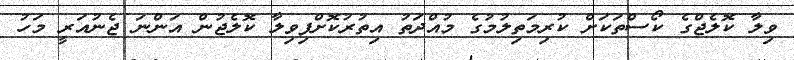
ވިލާ ކޮލެޖްގެ ކޯސްތަަކަށް ކުރިމަތިލުމުގެ މުއްދަތު އިތުރުކޮށްފިވިލާ ކޮލެޖުން އަންނަ ޖެނުއަރީ މަހު